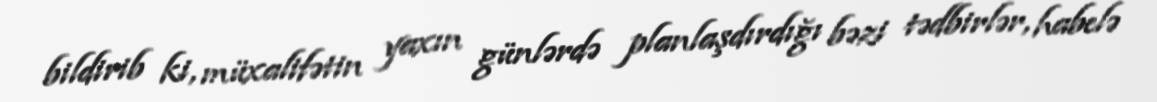
bildirib ki, müxalifətin yaxın günlərdə planlaşdırdığı bəzi tədbirlər, habelə